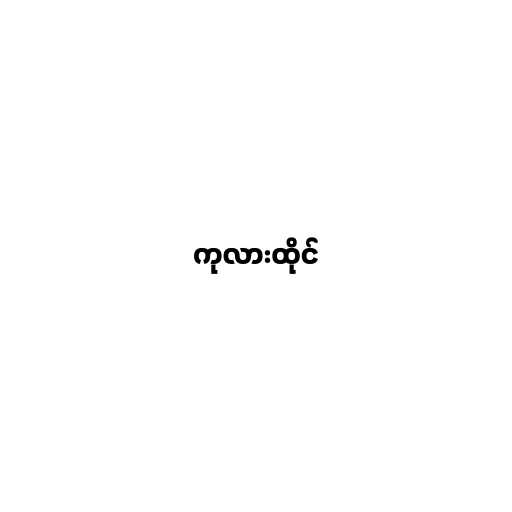
ကုလားထိုင်